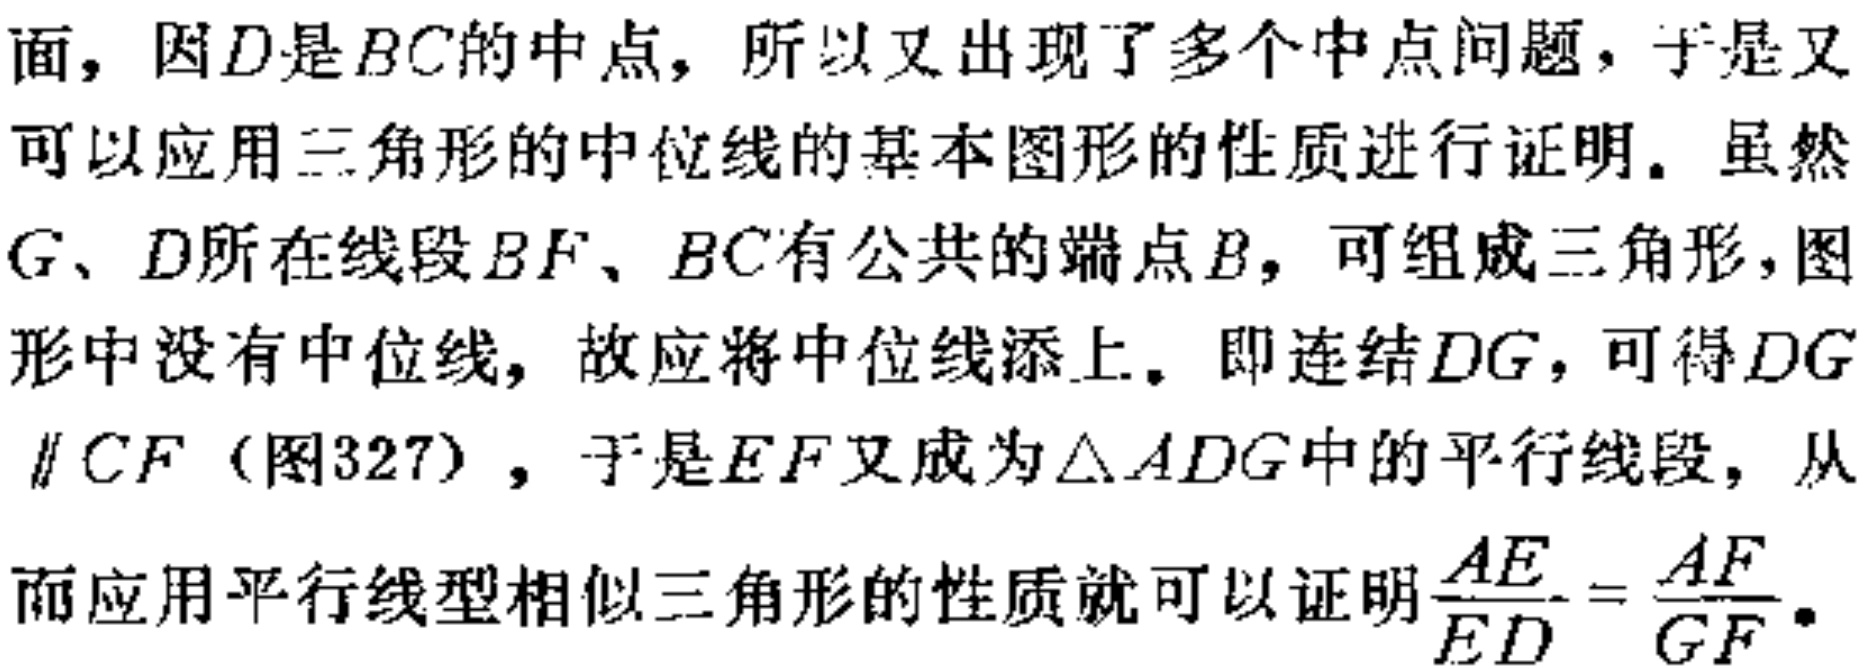
面，因\(D\)是\(BC\)的中点，所以又出现了多个中点问题，于是又可以应用三角形的中位线的基本图形的性质进行证明。虽然\(G\)、\(D\)所在线段\(BF\)、\(BC\)有公共的端点\(B\)，可组成三角形，图形中没有中位线，故应将中位线添上。即连结\(DG\)，可得\(DG\parallel CF\)（图327），于是\(EF\)又成为\(\triangle ADG\)中的平行线段，从而应用平行线型相似三角形的性质就可以证明\(\frac{AE}{ED}=\frac{AF}{GF}\)。